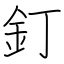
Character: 釘